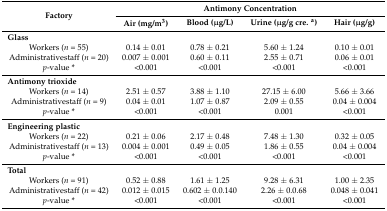
<table><thead><tr><td rowspan="2"><b>Factory</b></td><td colspan="4"><b>Antimony Concentration</b></td></tr><tr><td><b>Air (mg/m<sup>3</sup>)</b></td><td><b>Blood (μg/L)</b></td><td><b>Urine (μg/g cre. <sup>a</sup>)</b></td><td><b>Hair (μg/g)</b></td></tr></thead><tbody><tr><td><b>Glass</b></td><td></td><td></td><td></td><td></td></tr><tr><td>Workers (<i>n</i> = 55)</td><td>0.14 ± 0.01</td><td>0.78 ± 0.21</td><td>5.60 ± 1.24</td><td>0.10 ± 0.01</td></tr><tr><td>Administrativestaff (<i>n</i> = 20)</td><td>0.007 ± 0.001</td><td>0.60 ± 0.11</td><td>2.55 ± 0.71</td><td>0.06 ± 0.01</td></tr><tr><td><i>p</i>-value *</td><td>&lt;0.001</td><td>&lt;0.001</td><td>&lt;0.001</td><td>&lt;0.001</td></tr><tr><td><b>Antimony trioxide</b></td><td></td><td></td><td></td><td></td></tr><tr><td>Workers (<i>n</i> = 14)</td><td>2.51 ± 0.57</td><td>3.88 ± 1.10</td><td>27.15 ± 6.00</td><td>5.66 ± 3.66</td></tr><tr><td>Administrativestaff (<i>n</i> = 9)</td><td>0.04 ± 0.01</td><td>1.07 ± 0.87</td><td>2.09 ± 0.55</td><td>0.04 ± 0.004</td></tr><tr><td><i>p</i>-value *</td><td>&lt;0.001</td><td>&lt;0.001</td><td>0.001</td><td>&lt;0.001</td></tr><tr><td><b>Engineering plastic</b></td><td></td><td></td><td></td><td></td></tr><tr><td>Workers (<i>n</i> = 22)</td><td>0.21 ± 0.06</td><td>2.17 ± 0.48</td><td>7.48 ± 1.30</td><td>0.32 ± 0.05</td></tr><tr><td>Administrativestaff (<i>n</i> = 13)</td><td>0.004 ± 0.001</td><td>0.49 ± 0.05</td><td>1.86 ± 0.55</td><td>0.04 ± 0.004</td></tr><tr><td><i>p</i>-value *</td><td>&lt;0.001</td><td>&lt;0.001</td><td>&lt;0.001</td><td>&lt;0.001</td></tr><tr><td><b>Total</b></td><td></td><td></td><td></td><td></td></tr><tr><td>Workers (<i>n</i> = 91)</td><td>0.52 ± 0.88</td><td>1.61 ± 1.25</td><td>9.28 ± 6.31</td><td>1.00 ± 2.35</td></tr><tr><td>Administrativestaff (<i>n</i> = 42)</td><td>0.012 ± 0.015</td><td>0.602 ± 0.0.140</td><td>2.26 ± 0.0.68</td><td>0.048 ± 0.041</td></tr><tr><td><i>p</i>-value *</td><td>&lt;0.001</td><td>&lt;0.001</td><td>&lt;0.001</td><td>&lt;0.001</td></tr></tbody></table>